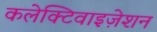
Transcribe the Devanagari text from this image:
कलेक्टिवाइज़ेशन